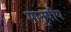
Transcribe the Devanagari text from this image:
मानुषीय